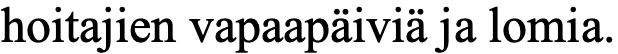
hoitajien vapaapäiviä ja lomia.